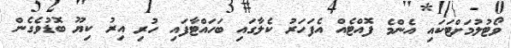
ވޯޓުލުމަށްޓަކައި އެންމެ ފޮއްޓެއް އެފަހަރު ކެލާގައި ބަހައްޓާފައި ހުރި އިރު ކިޔޫ ބޮޑުވެގެން